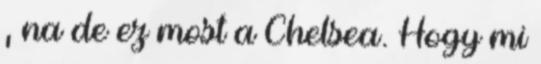
, na de ez most a Chelsea. Hogy mi